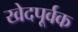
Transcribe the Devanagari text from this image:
खेदपूर्वक